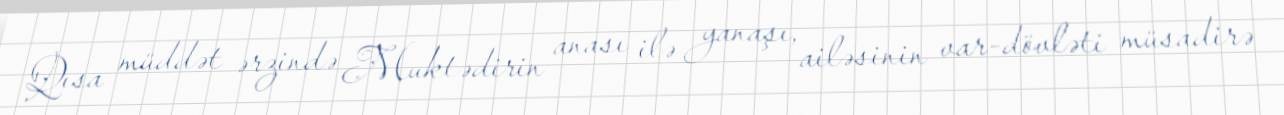
Qısa müddət ərzində Muktədirin anası ilə yanaşı, ailəsinin var-dövləti müsadirə